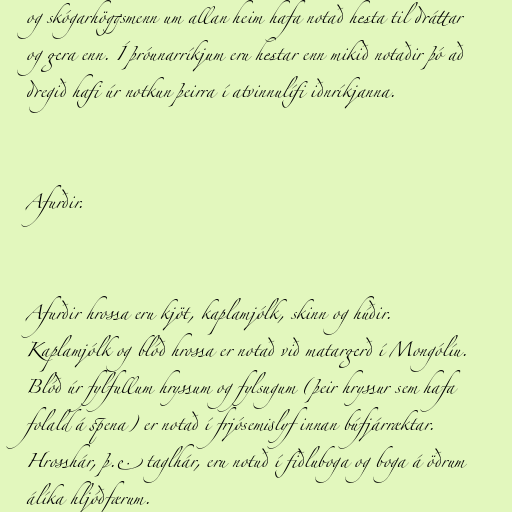
og skógarhöggsmenn um allan heim hafa notað hesta til dráttar
og gera enn. Í þróunarríkjum eru hestar enn mikið notaðir þó að
dregið hafi úr notkun þeirra í atvinnulífi iðnríkjanna.

Afurðir.

Afurðir hrossa eru kjöt, kaplamjólk, skinn og húðir.
Kaplamjólk og blóð hrossa er notað við matargerð í Mongólíu.
Blóð úr fylfullum hryssum og fylsugum (þeir hryssur sem hafa
folald á spena) er notað í frjósemislyf innan búfjárræktar.
Hrosshár, þ.e. taglhár, eru notuð í fiðluboga og boga á öðrum
álíka hljóðfærum.